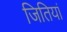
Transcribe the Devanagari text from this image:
जितियां